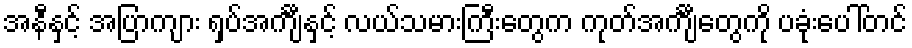
အနီနှင့် အပြာကျား ရှပ်အင်္ကျီနှင့် လယ်သမားကြီးတွေက ကုတ်အင်္ကျီတွေကို ပခုံးပေါ်တင်